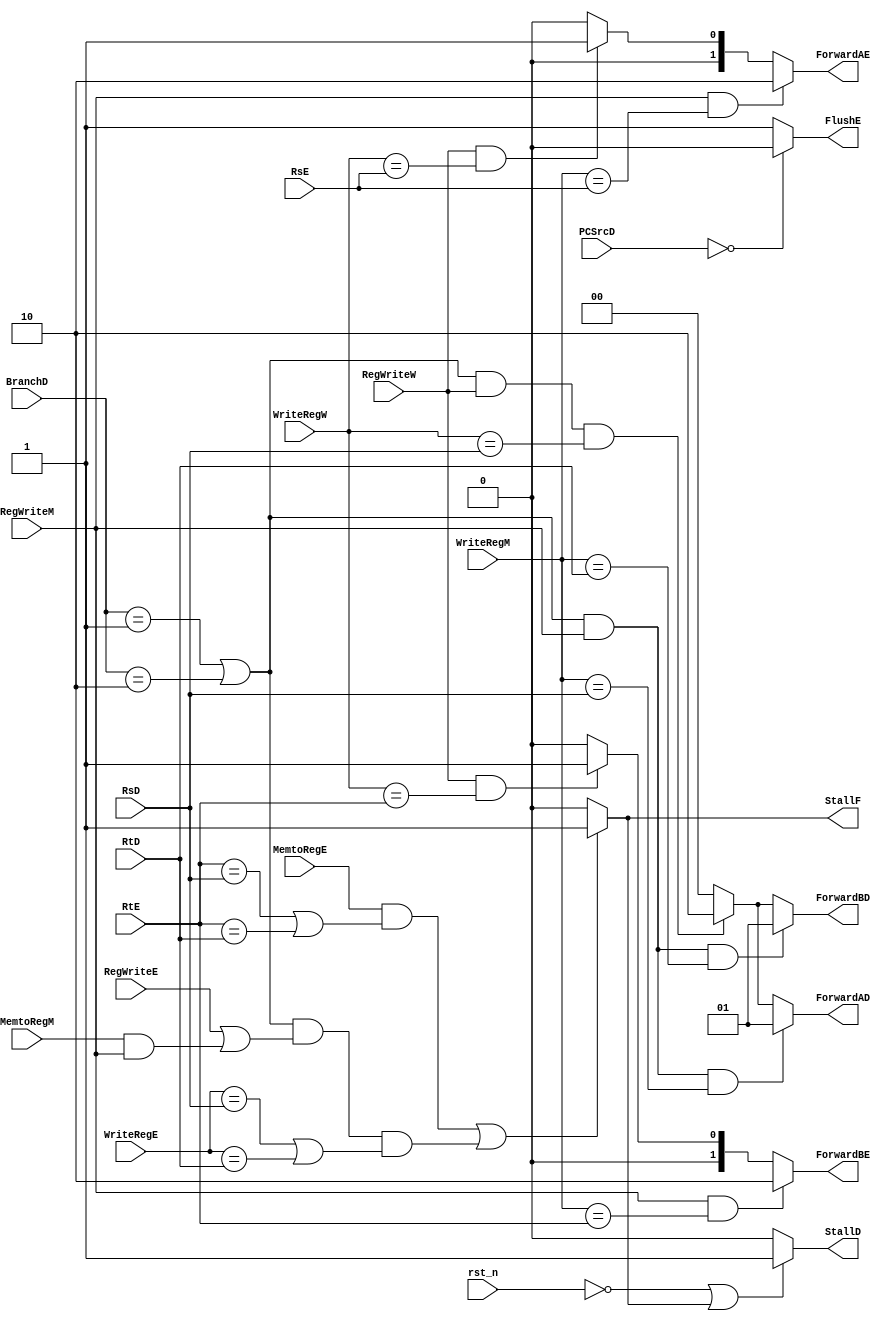
`timescale 1ns / 1ps
//////////////////////////////////////////////////////////////////////////////////
// Company: 
// Engineer: 
// 
// Design Name: 
// Module Name:    HC 
// Project Name: 
// Target Devices: 
// Tool versions: 
// Description: 
//
// Dependencies: 
//
// Revision: 
// Revision 0.01 - File Created
// Additional Comments: 
//
//////////////////////////////////////////////////////////////////////////////////
module HU(//
   input rst_n,
   input [1:0]BranchD,
	input [4:0]RsD,
	input [4:0]RtD,
	input [4:0]RtE,
	input [4:0]RsE,
	input [4:0]WriteRegE,
	input MemtoRegE,RegWriteE,MemtoRegM,RegWriteM,RegWriteW,
	input [4:0]WriteRegM,
	input [4:0]WriteRegW,
	input [1:0]PCSrcD,
	output StallF,
	output StallD,
	output reg [1:0]ForwardAD,
	output reg [1:0]ForwardBD,
	output FlushE,
	output reg [1:0]ForwardAE,
	output reg [1:0]ForwardBE
    );

assign StallF    = ((MemtoRegE&&(RtE==RsD||RtE==RtD))||((BranchD==2'd1||BranchD==2'd2)&&(RegWriteE||(MemtoRegM&&RegWriteM))&&(WriteRegE==RsD||WriteRegE==RtD)))?1:0;
assign StallD    =  (~rst_n||StallF)?1:0;

always@(*)//ForwardAD
begin
  if((BranchD==2'd1||BranchD==2'd2)&&RegWriteM&&WriteRegM==RsD)
    ForwardAD = 2'd1;
  else if((BranchD==2'd1||BranchD==2'd2)&&RegWriteW&&WriteRegW==RsD)
    ForwardAD = 2'd2;
  else 
    ForwardAD = 2'd0;
end
always@(*)//ForwardBD
begin
  if((BranchD==2'd1||BranchD==2'd2)&&RegWriteM&&WriteRegM==RtD)
    ForwardBD = 2'd1;
  else if((BranchD==2'd1||BranchD==2'd2)&&RegWriteW&&WriteRegW==RsD)
    ForwardBD = 2'd2;
  else 
    ForwardBD = 2'd0;
end

assign FlushE    =  (PCSrcD==2'd0)?0:1;

always@(*)//ForwardAE
begin
 if(RegWriteM&&WriteRegM==RsE)
    ForwardAE = 2'b10;
 else if(RegWriteW&&WriteRegW==RsE)
    ForwardAE = 2'b01;
 else
    ForwardAE = 2'b00;
end 
always@(*)//ForwardBE
begin
 if(RegWriteM&&WriteRegM==RtE)
    ForwardBE = 2'b10;
 else if(RegWriteW&&WriteRegW==RtE)
    ForwardBE = 2'b01;
 else
    ForwardBE = 2'b00;
end  
 
endmodule